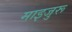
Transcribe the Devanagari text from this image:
माइजुरू